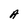
Character: A